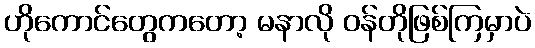
ဟိုကောင်တွေကတော့ မနာလို ဝန်တိုဖြစ်ကြမှာပဲ